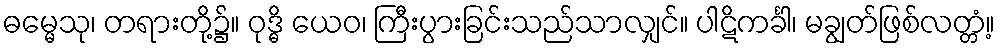
ဓမ္မေသု၊ တရားတို့၌။ ဝုဒ္ဓိ ယေဝ၊ ကြီးပွားခြင်းသည်သာလျှင်။ ပါဋိကင်္ခါ၊ မချွတ်ဖြစ်လတ္တံ့။